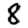
Digit: 8